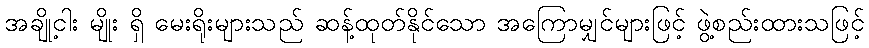
အချို့ငါး မျိုး ရှိ မေးရိုးများသည် ဆန့်ထုတ်နိုင်သော အကြောမျှင်များဖြင့် ဖွဲ့စည်းထားသဖြင့်